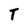
Character: T